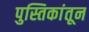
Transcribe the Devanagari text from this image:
पुस्तिकांतून